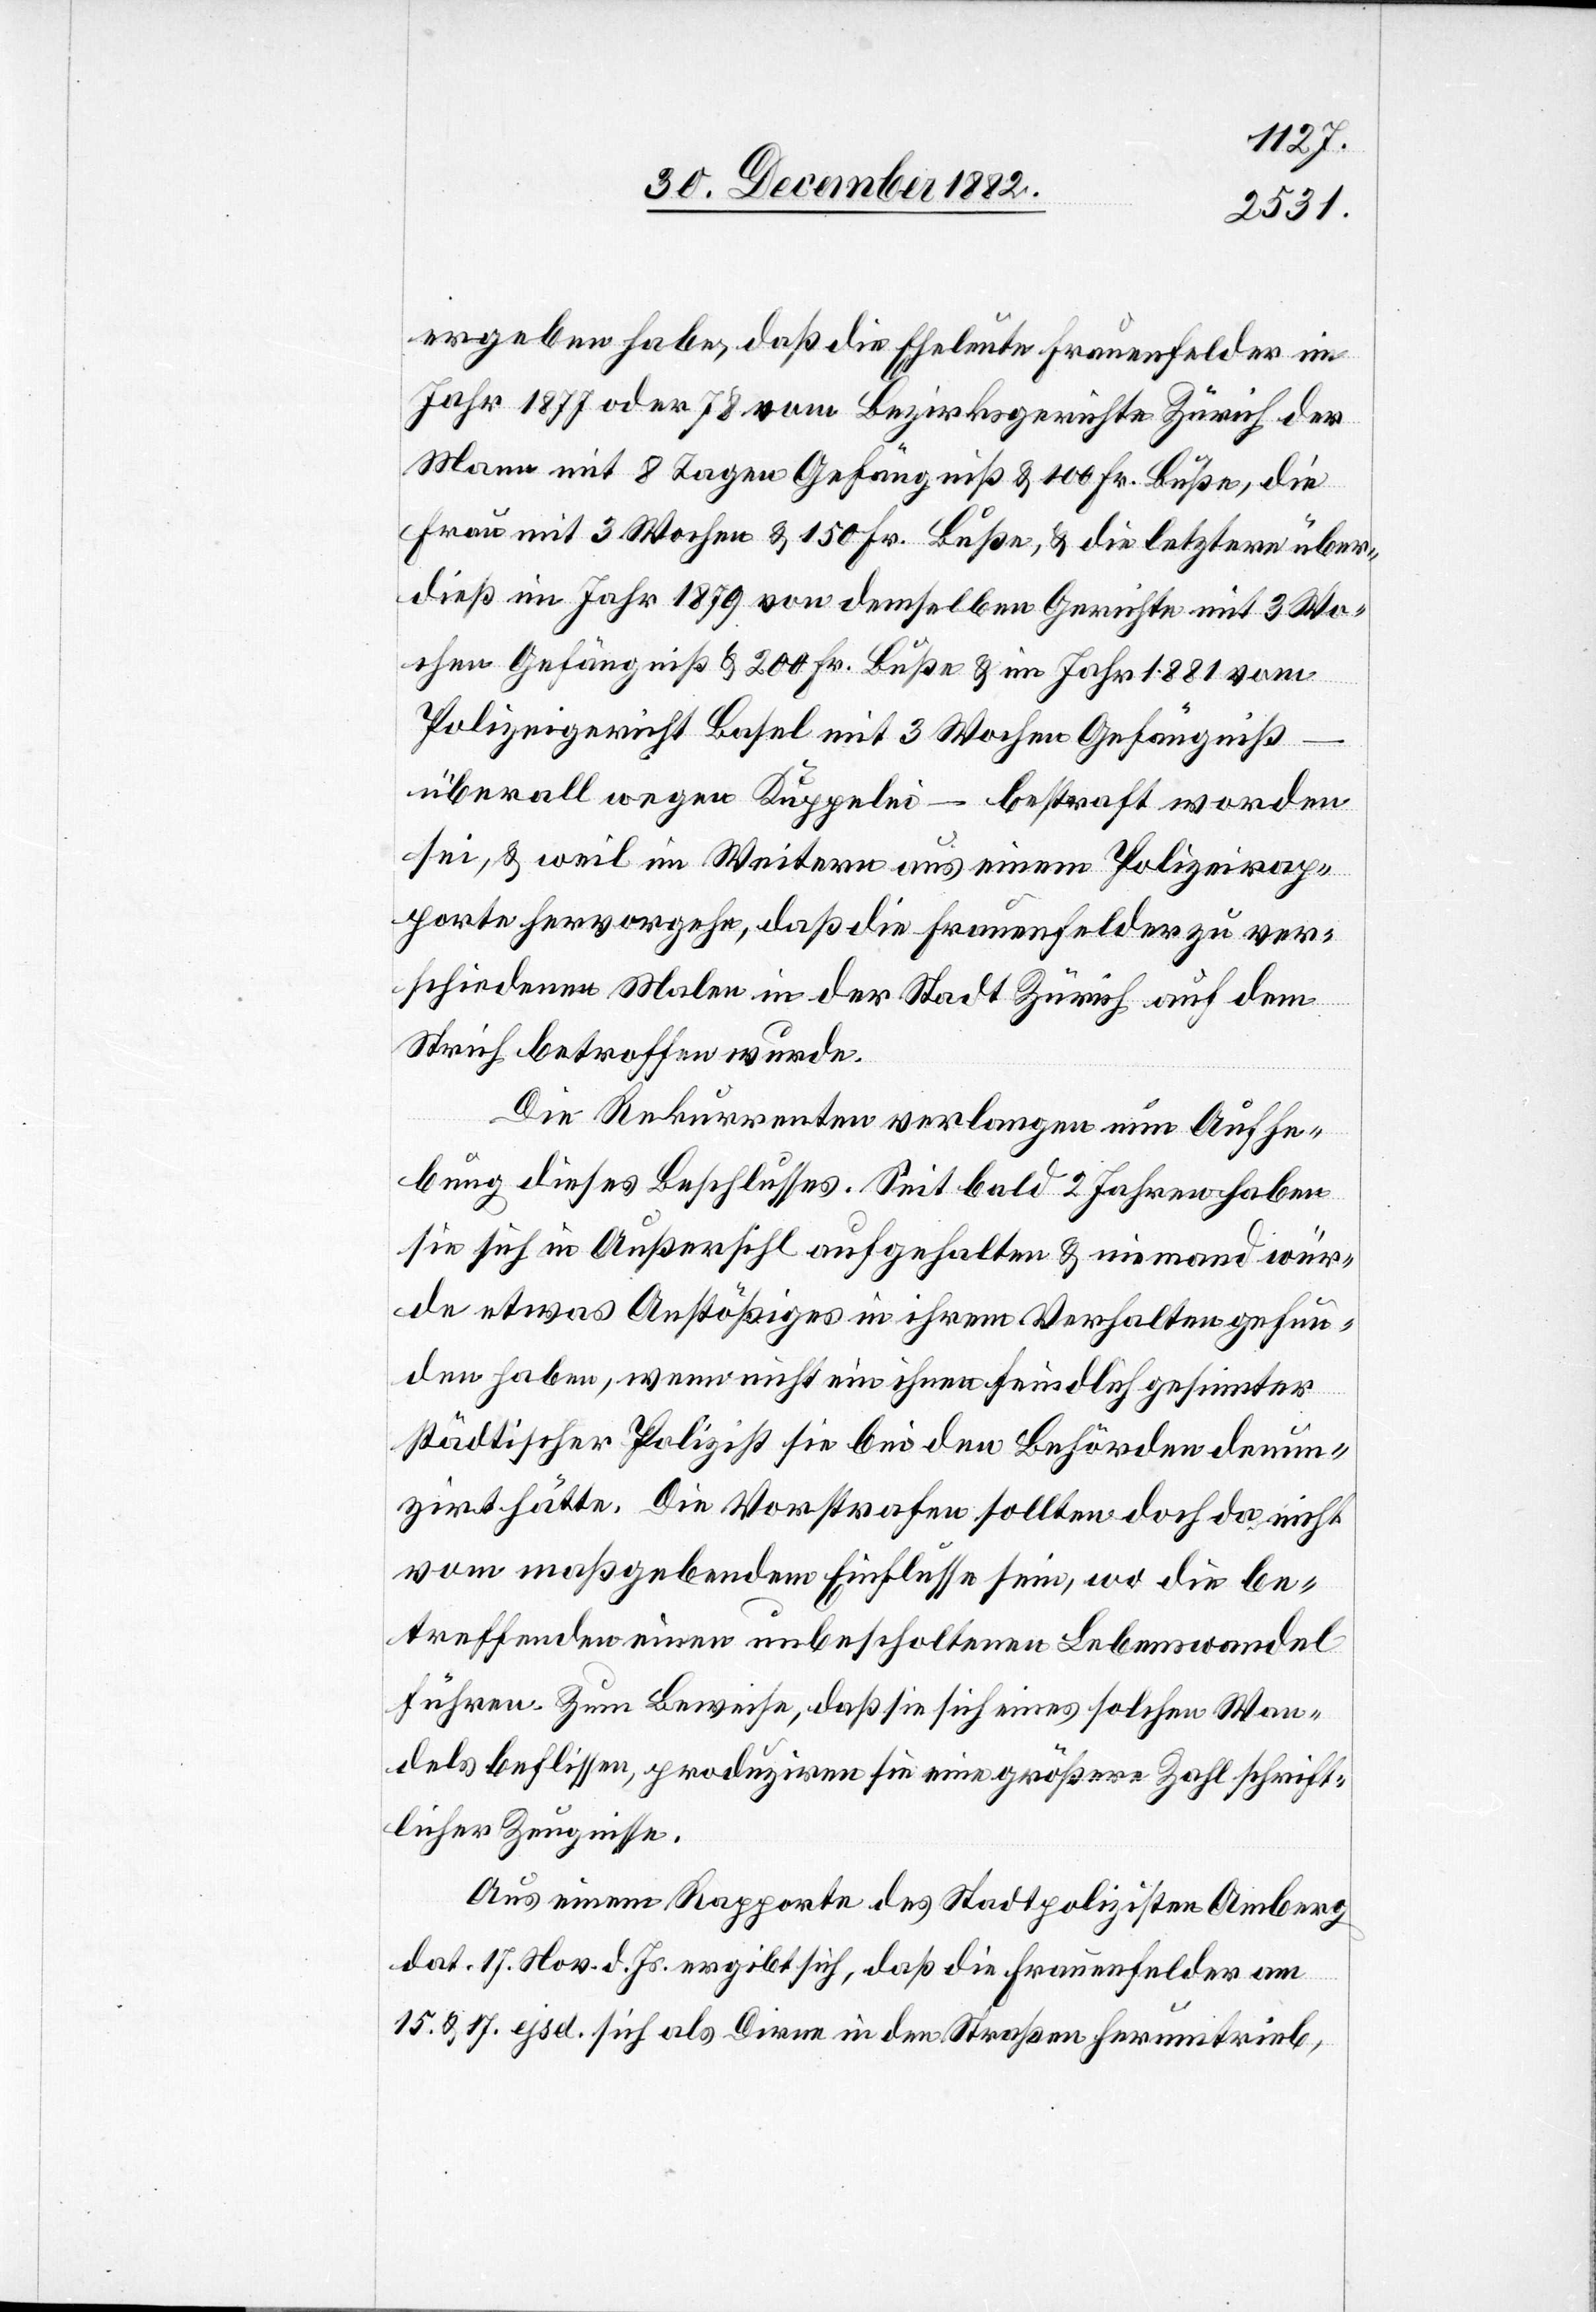
ergeben habe, daß die Eheleute Frauenfelder im
Jahr 1877 oder 78 vom Bezirksgerichte Zürich der
Mann mit 8 Tagen Gefängniß & 100 Fr. Buße, die
Frau mit 3 Wochen & 150 Fr. Buße, & die letztere über¬
dieß im Jahr 1879 von demselben Gerichte mit 3 Wo¬
chen Gefängniß & 200 Fr. Buße & im Jahr 1881 vom
Polizeigericht Basel mit 3 Wochen Gefängniß –
überall wegen Kuppelei – bestraft worden
sei, & weil im Weitern aus einem Polizeirap¬
porte hervorgehe, daß die Frauenfelder zu ver¬
schiedenen Malen in der Stadt Zürich auf dem
Strich betroffen [recte:
Die Rekurrenten verlangen nun Aufhe¬
bung dieses Beschlusses. Seit bald 2 Jahren haben
sie sich in Außersihl aufgehalten & niemand wür¬
de etwas Anstößiges in ihrem Verhalten gefun¬
den haben, wenn nicht ein ihnen feindlich gesinnter
städtischer Polizist sie bei den Behörden denun¬
zirt hätte. Die Vorstrafen sollten doch da nicht
vom maßgebenden Einflusse sein, wo die Be¬
treffenden einen unbescholtenen Lebenswandel
führen. Zum Beweise, daß sie sich eines solchen Wan¬
dels beflissen, produziren sie eine größere Zahl schrift¬
licher Zeugnisse.
Aus einem Rapporte des Stadtpolizisten Amberg
dat. 17. Nov. d. Js. ergibt sich, daß die Frauenfelder am
15. & 17. ejsd, sich als Dirne in den Straßen herumtrieb,